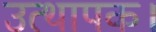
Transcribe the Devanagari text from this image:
उत्थापक।